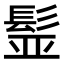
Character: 𩬾